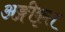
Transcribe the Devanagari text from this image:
अङ्गीकृत